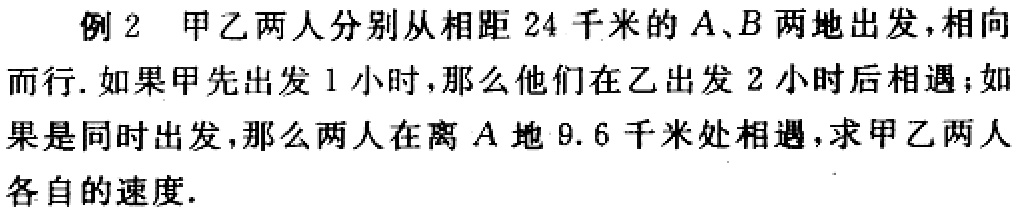
例 2 甲乙两人分别从相距 24 千米的 \(A、B\) 两地出发, 相向而行. 如果甲先出发 1 小时, 那么他们在乙出发 2 小时后相遇；如果是同时出发, 那么两人在离 \(A\) 地 9.6 千米处相遇, 求甲乙两人各自的速度.